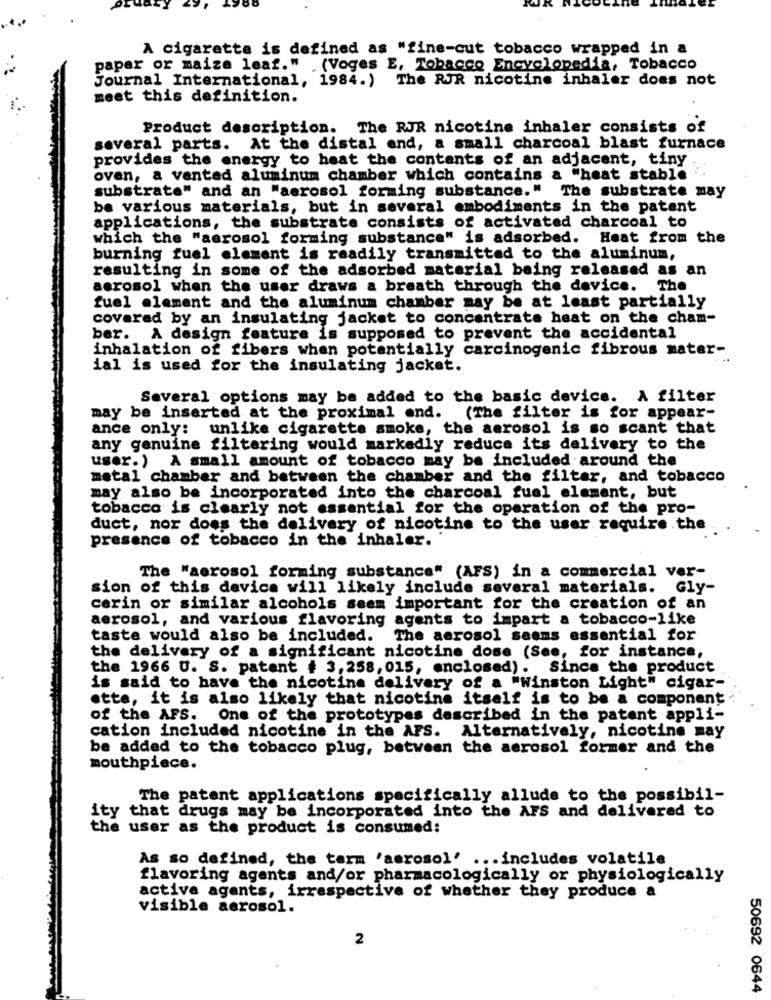
A cigarette is defined as "fine-cut tobacco wrapped in a
paper or maize leaf." . (Voges E, Tobacco Encyclopedia, Tobacco
Journal International, 1984.)
The RJR nicotine inhaler does not
meet this definition.
Product description. The RJR nicotine inhaler consists of
several parts. At the distal end, a small charcoal blast furnace
provides the energy to heat the contents of an adjacent, tiny
oven, a vented aluminum chamber which contains a "heat stable
substrate" and an "aerosol forming substance." The substrate may
be various materials, but in several embodiments in the patent
applications, the substrate consists of activated charcoal to
which the "aerosol forming substance" is adsorbed. Heat from the
burning fuel element is readily transmitted to the aluminum,
resulting in some of the adsorbed material being released as an
aerosol when the user draws a breath through the device. The
fuel element and the aluminum chamber may be at least partially
covered by an insulating jacket to concentrate heat on the cham-
ber. A design feature is supposed to prevent the accidental
inhalation of fibers when potentially carcinogenic fibrous mater-
ial is used for the insulating jacket.
Several options may be added to the basic device. A filter
may be inserted at the proximal end. (The filter is for appear-
ance only:
unlike cigarette smoke, the aerosol is so scant that
any genuine filtering would markedly reduce its delivery to the
user.) A small amount of tobacco may be included around the
metal chamber and between the chamber and the filter, and tobacco
may also be incorporated into the charcoal fuel element, but
tobacco is clearly not essential for the operation of the pro-
duct, nor does the delivery of nicotine to the user require the
presence of tobacco in the inhaler.
The "aerosol forming substance" (AFS) in a commercial ver-
sion of this device will likely include several materials. Gly-
cerin or similar alcohols seem important for the creation of an
aerosol, and various flavoring agents to impart a tobacco-like
taste would also be included.
The aerosol seems essential for
the delivery of a significant nicotine dose (Ses, for instance,
the 1966 U. S. patent # 3, 258, 015, enclosed). Since the product
is said to have the nicotine delivery of a "Winston Light" cigar-
ette, it is also likely that nicotine itself is to be a component
of the AFS. One of the prototypes described in the patent appli-
cation included nicotine in the AFS. Alternatively, nicotine may
be added to the tobacco plug, between the aerosol former and the
mouthpiece.
The patent applications specifically allude to the possibil-
that drugs may be incorporated into the AFS and delivered to
ity
the user as the product is consumed:
As so defined, the term 'aerosol' ... includes volatile
flavoring agents and/or pharmacologically or physiologically
active agents, irrespective of whether they produce a
visible aerosol.
2
50692 0644